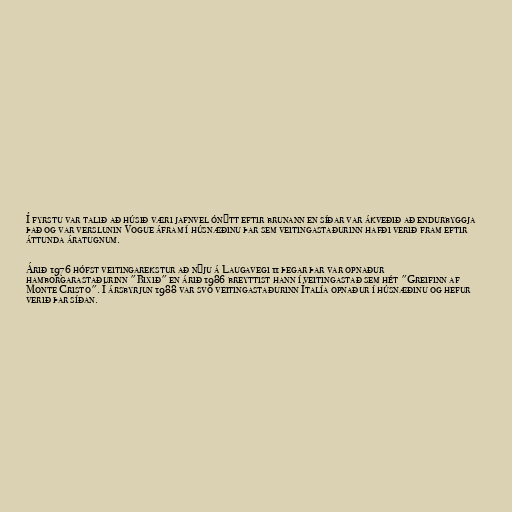
Í fyrstu var talið að húsið væri jafnvel ónýtt eftir brunann en síðar var ákveðið að endurbyggja
það og var verslunin Vogue áfram í húsnæðinu þar sem veitingastaðurinn hafði verið fram eftir
áttunda áratugnum.

Árið 1976 hófst veitingarekstur að nýju á Laugavegi 11 þegar þar var opnaður
hamborgarastaðurinn "Bixið" en árið 1986 breyttist hann í veitingastað sem hét "Greifinn af
Monte Cristo". Í ársbyrjun 1988 var svo veitingastaðurinn Ítalía opnaður í húsnæðinu og hefur
verið þar síðan.